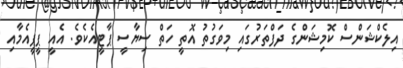
އިލެކްޝަންސް ކޮމިޝަންގެ ދަފްތަރުގައި މިވަގުތު އޮތީ ހަތް ސިޔާސީ ޕާޓީއެކެވެ. އެއީ ޕީޕީއެމާއި